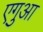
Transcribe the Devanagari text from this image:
एगुआ